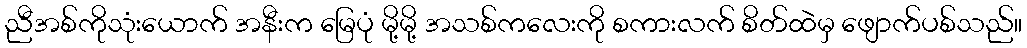
ညီအစ်ကိုသုံးယောက် အနီးက မြေပုံ မို့မို့ အသစ်ကလေးကို စကားလက် စိတ်ထဲမှ ဖျောက်ပစ်သည်။